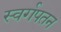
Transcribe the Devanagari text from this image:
स्वर्गपतन